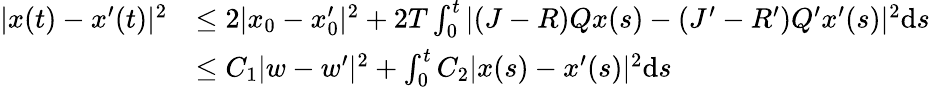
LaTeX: \begin{array}{rl}{|x(t)-x^{\prime}(t)|^{2}}&{\le 2|x_{0}-x_{0}^{\prime}|^{2}+2T\int_{0}^{t}|(J-R)Qx(s)-(J^{\prime}-R^{\prime})Q^{\prime}x^{\prime}(s)|^{2}\mathrm{d}s}\\ &{\le C_{1}|w-w^{\prime}|^{2}+\int_{0}^{t}C_{2}|x(s)-x^{\prime}(s)|^{2}\mathrm{d}s}\end{array}